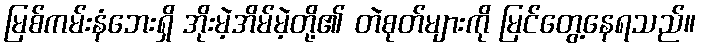
မြစ်ကမ်းနံဘေးရှိ အိုးမဲ့အိမ်မဲ့တို့၏ တဲစုတ်များကို မြင်တွေ့နေရသည်။